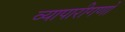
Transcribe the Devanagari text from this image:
व्यापारीगणों